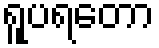
ရူပရတော